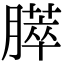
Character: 膵